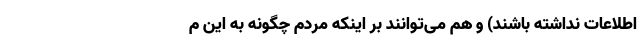
اطلاعات نداشته باشند) و هم می‌توانند بر اینکه مردم چگونه به این م